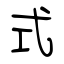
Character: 式